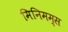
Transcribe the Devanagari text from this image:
मिनिमम्स